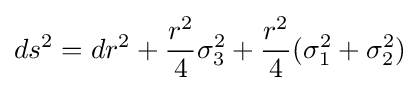
ds^{2}=dr^{2}+{\frac {r^{2}}{4}}\sigma _{3}^{2}+{\frac {r^{2}}{4}}(\sigma _{1}^{2}+\sigma _{2}^{2})